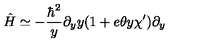
\hat { H } \simeq - { \frac { \hbar \sp 2 } { y } } \partial _ { y } y ( 1 + e \theta y \chi ^ { \prime } ) \partial _ { y }